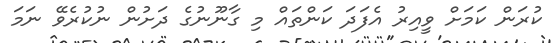
ކުރަން ކަމަށް ވީއިރު އެފަދަ ކަންތައް މި ގާނޫނުގެ ދަށުން ނުކުރެވޭ ނަމަ